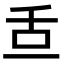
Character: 𦧆